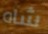
شاه